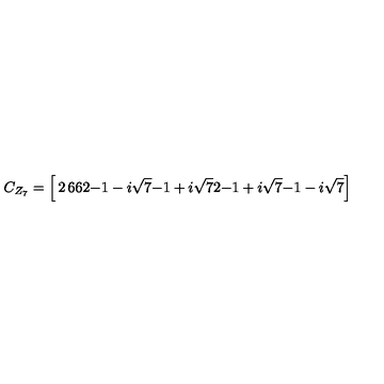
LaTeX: C _ { Z _ { 7 } } = \left[ \begin{matrix} { 2 } & { 6 } & { 6 } \\ { 2 } & { { { - 1 - i \sqrt { 7 } } } } & { { { - 1 + i \sqrt { 7 } } } } \\ { 2 } & { { { - 1 + i \sqrt { 7 } } } } & { { { - 1 - i \sqrt { 7 } } } } \\ \end{matrix} \right]